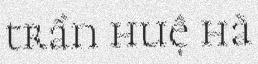
trần huệ hà